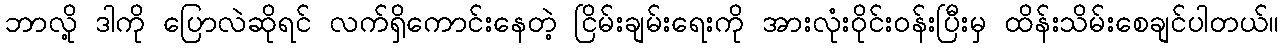
ဘာလို့ ဒါကို ပြောလဲဆိုရင် လက်ရှိကောင်းနေတဲ့ ငြိမ်းချမ်းရေးကို အားလုံးဝိုင်းဝန်းပြီးမှ ထိန်းသိမ်းစေချင်ပါတယ်။